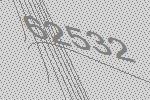
62532